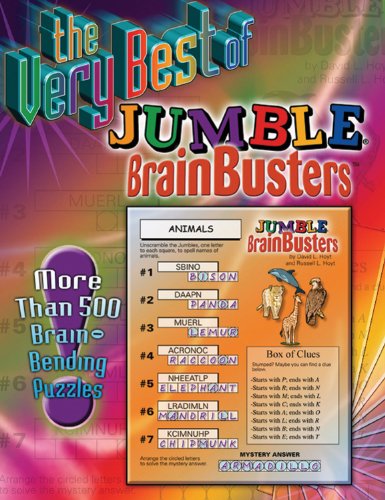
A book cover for The Very Best of Jumble Brainbusters: More Than 500 Brain-Bending Puzzles (Jumbles); Triumph Books; Humor & Entertainment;